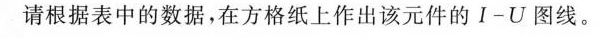
请根据表中的数据，在方格纸上作出该元件的I-U图线。